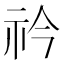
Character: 𥘞